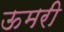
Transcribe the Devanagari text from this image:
ऊमरी